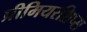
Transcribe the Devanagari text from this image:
प्रीमियरशिप्स